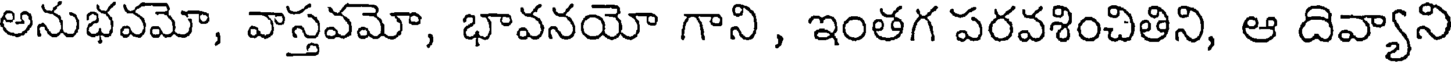
అనుభవమో, వాస్తవమో, భావనయో గాని , ఇంతగ పరవశించితిని, ఆ దివ్యాని